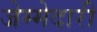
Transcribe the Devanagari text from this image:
जेम्मेदारी